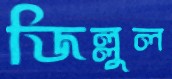
জিল্লুল